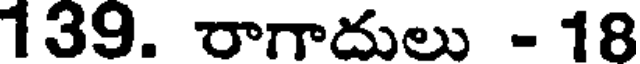
139. రాగాదులు - 18